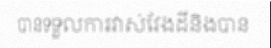
បានទទួលការវាស់វែងដីនិងបាន